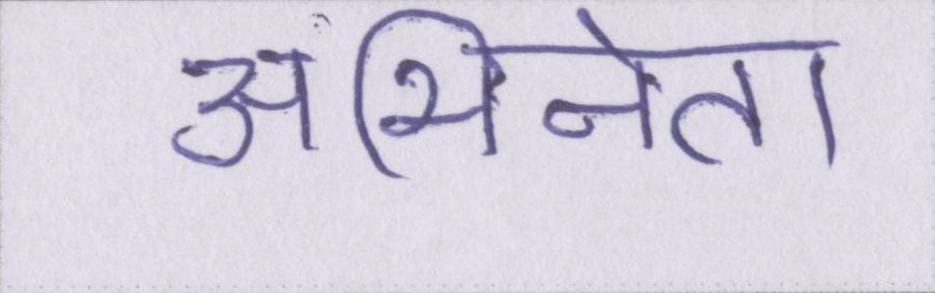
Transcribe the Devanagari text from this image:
अभिनेता